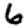
Digit: 6